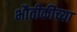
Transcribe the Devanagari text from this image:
भौतीकीच्या